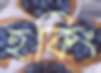
হকিং